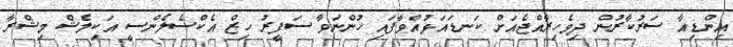
އިންޑިއާ ސަރުކާރުން ދިވެހިރާއްޖެއަށް ކަނޑައަޅުއްވާފައި ހުންނަވާ ސަފީރު ހިޒް އެކްސެލެންސީ އަކިލެޝް މިޝްރާ